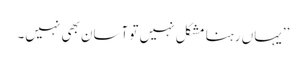
’’یہاں رہنا مشکل نہیں تو آسان بھی نہیں۔